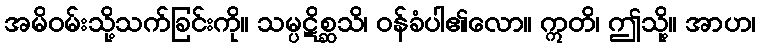
အမိဝမ်းသို့သက်ခြင်းကို။ သမ္ပဋိစ္ဆသိ၊ ဝန်ခံပါ၏လော။ ဣတိ၊ ဤသို့။ အာဟ၊